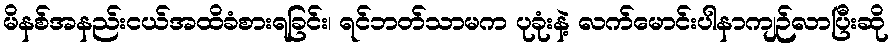
မိနစ်အနည်းငယ်အထိခံစားရခြင်း၊ ရင်ဘတ်သာမက ပုခုံးနဲ့ လက်မောင်းပါနာကျဉ်လာပြီးဆို